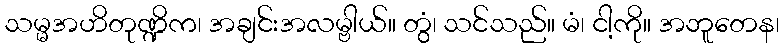
သမ္မအဟိတုဏ္ဍိက၊ အချင်းအလမ္ဗါယ်။ တွံ၊ သင်သည်။ မံ၊ ငါ့ကို။ အဘူတေန၊